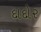
દાદોર